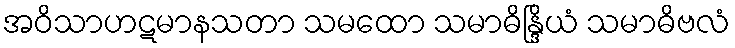
အဝိသာဟဋမာနသတာ သမထော သမာဓိန္ဒြိယံ သမာဓိဗလံ